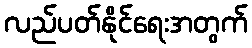
လည်ပတ်နိုင်ရေးအတွက်